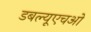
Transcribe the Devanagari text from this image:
डबल्यूएचओ